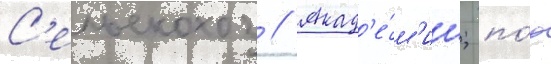
С'ельскохоз // Акад'е́м'ии; по́д